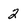
Character: 2